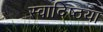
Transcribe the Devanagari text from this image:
स्वादिष्ठया